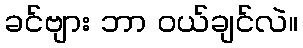
ခင်ဗျား ဘာ ဝယ်ချင်လဲ။